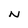
Character: N